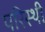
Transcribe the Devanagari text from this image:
परिस्थी